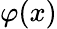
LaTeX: \varphi(x)